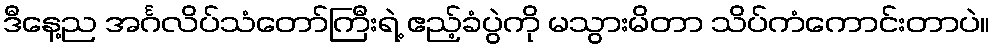
ဒီနေ့ည အင်္ဂလိပ်သံတော်ကြီးရဲ့ ဧည့်ခံပွဲကို မသွားမိတာ သိပ်ကံကောင်းတာပဲ။